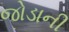
જોડાની